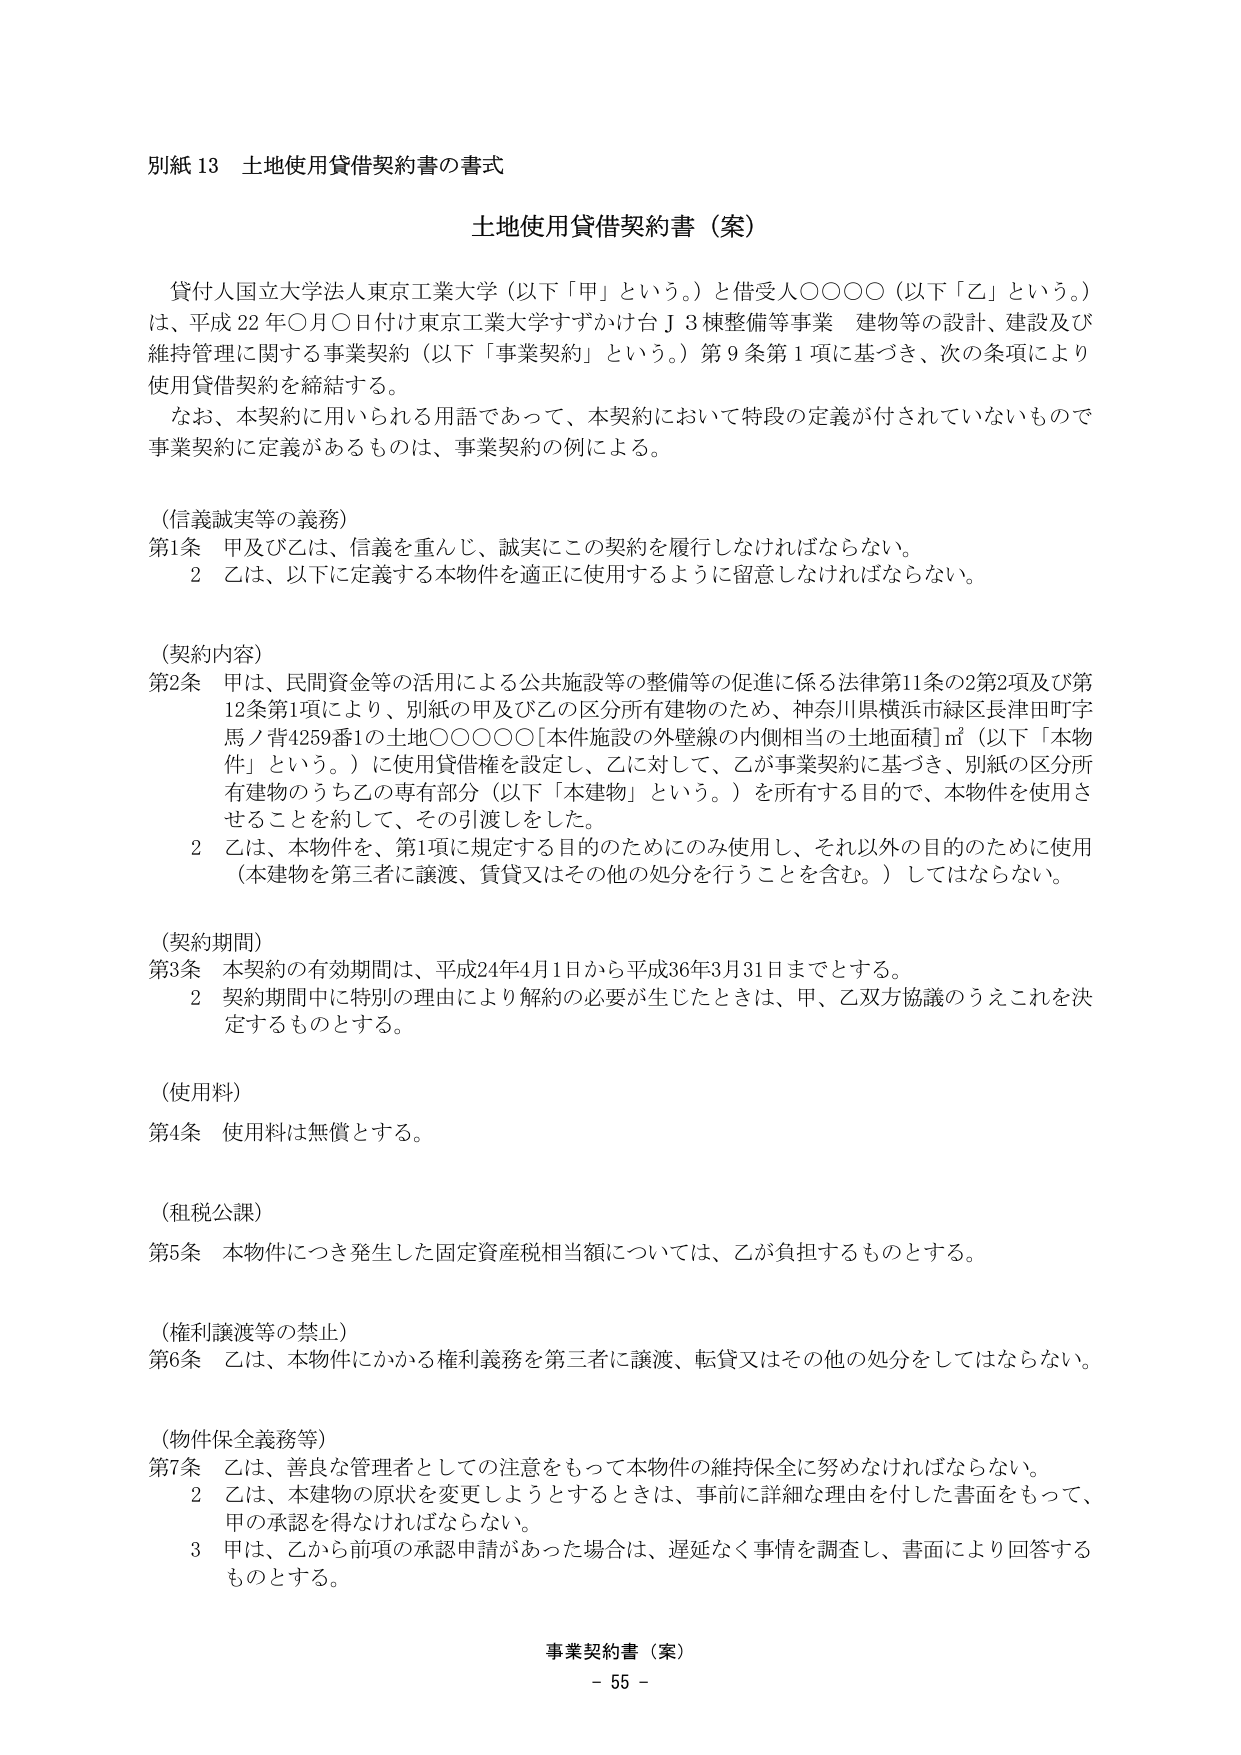
別紙13 土地使用貸借契約書の書式

土地使用貸借契約書（案）

貸付人国立大学法人東京工業大学（以下「甲」という。）と借受人○○○○（以下「乙」という。）は、平成22年○月○日付け東京工業大学すずかけ台J3棟整備等事業 建物等の設計、建設及び維持管理に関する事業契約（以下「事業契約」という。）第9条第1項に基づき、次の条項により使用貸借契約を締結する。

なお、本契約に用いられる用語であって、本契約において特段の定義が付されていないもので事業契約に定義があるものは、事業契約の例による。

（信義誠実等の義務）
第1条 甲及び乙は、信義を重んじ、誠実にこの契約を履行しなければならない。
　　2 乙は、以下に定義する本物件を適正に使用するように留意しなければならない。

（契約内容）
第2条 甲は、民間資金等の活用による公共施設等の整備等の促進に係る法律第11条の2第2項及び第12条第1項により、別紙の甲及び乙の区分所有建物のため、神奈川県横浜市緑区長津田町字馬ノ背4259番1の土地○○○○○［本件施設の外壁線の内側相当の土地面積］㎡（以下「本物件」という。）に使用貸借権を設定し、乙に対して、乙が事業契約に基づき、別紙の区分所有建物のうち乙の専有部分（以下「本建物」という。）を所有する目的で、本物件を使用させることを約して、その引渡しをした。
　　2 乙は、本物件を、第1項に規定する目的のためにのみ使用し、それ以外の目的のために使用（本建物を第三者に譲渡、賃貸又はその他の処分を行うことを含む。）してはならない。

（契約期間）
第3条 本契約の有効期間は、平成24年4月1日から平成36年3月31日までとする。
　　2 契約期間中に特別の理由により解約の必要が生じたときは、甲、乙双方協議のうえこれを決定するものとする。

（使用料）
第4条 使用料は無償とする。

（租税公課）
第5条 本物件につき発生した固定資産税相当額については、乙が負担するものとする。

（権利譲渡等の禁止）
第6条 乙は、本物件にかかる権利義務を第三者に譲渡、転貸又はその他の処分をしてはならない。

（物件保全義務等）
第7条 乙は、善良な管理者としての注意をもって本物件の維持保全に努めなければならない。
　　2 乙は、本建物の原状を変更しようとするときは、事前に詳細な理由を付した書面をもって、甲の承認を得なければならない。
　　3 甲は、乙から前項の承認申請があった場合は、遅延なく事情を調査し、書面により回答するものとする。

事業契約書（案）
－ 55 －